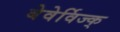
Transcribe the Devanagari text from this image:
बेवेर्विज्क्